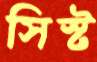
সিস্ট